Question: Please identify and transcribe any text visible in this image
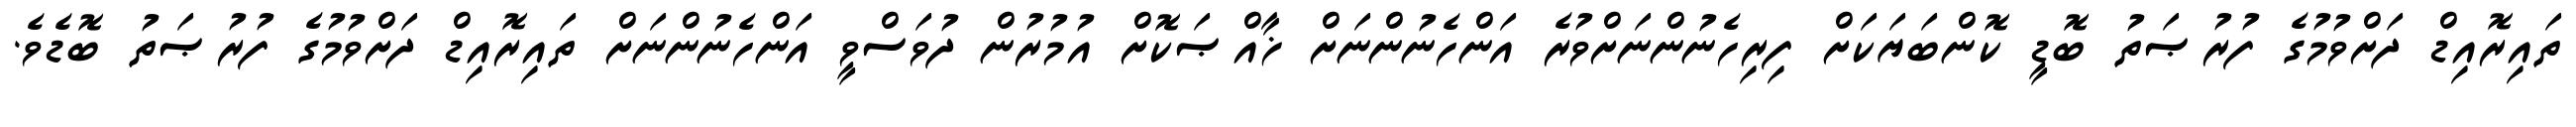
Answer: ތައިރޮއިޑް ދަށްވުމުގެ ފުރުޞަތު ބޮޑީ ކޮންބަޔަކަށް ފިރިހެނުންނަށްވުރެ އަންހެނުންނަށް ޚާއްޞަކޮށް އުމުރުން ދުވަސްވީ އަންހެނުންނަށް ތައިރޮއިޑް ދަށްވުމުގެ ފުރުޞަތު ބޮޑެވެ.